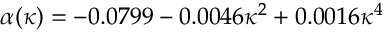
\alpha ( \kappa ) = - 0 . 0 7 9 9 - 0 . 0 0 4 6 \kappa ^ { 2 } + 0 . 0 0 1 6 \kappa ^ { 4 }